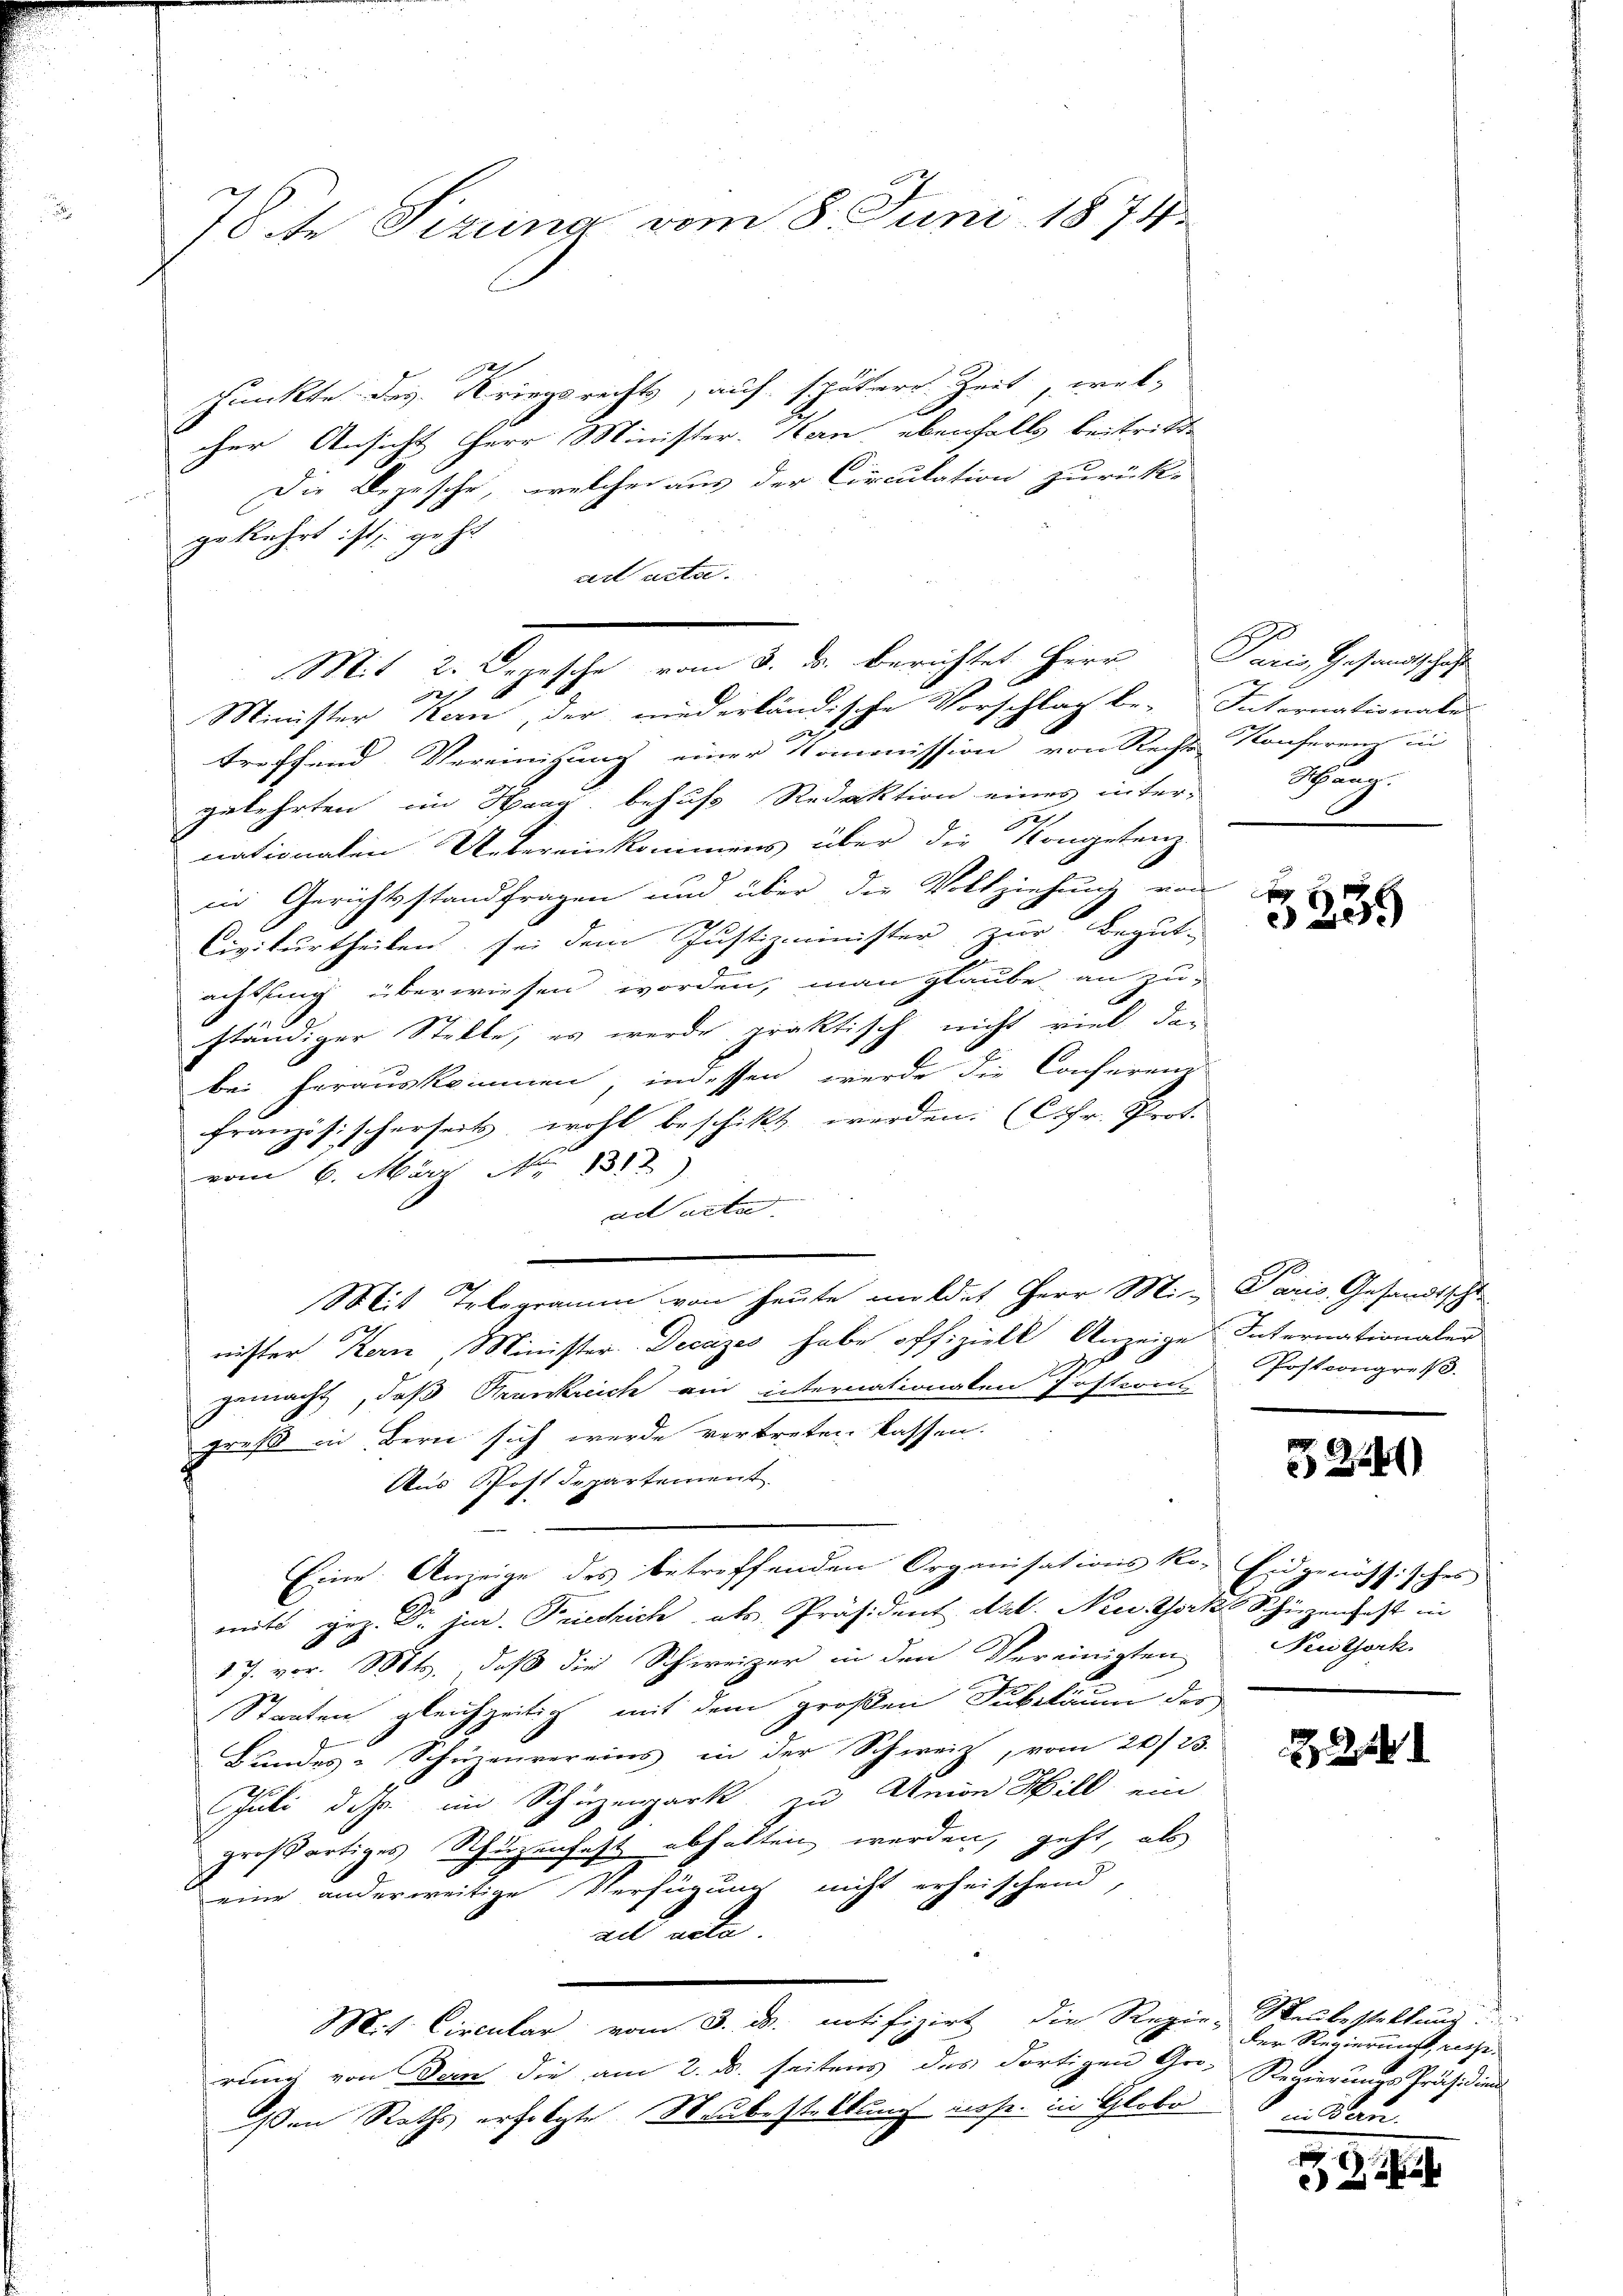
78te Sizung vom 8. Juni 1874.

Punkte des Kriegsrechts, auf spätere Zeit, welcher Ansicht Herr Minister-Kan ebenfalls beitritte
Die Depesche, welcher aus der Circulation zurück-
gekehrt ist, geht
ad acta.
Minister kan, der niederländische Vorschlag be-Internationales

treffend Vereinigung einer Kommission von Recht Konferen in
gelehrten im Haag behufs Redaktion eines inter-
nationalen Uebereinkommens über die Kongetenz-
in Gerichtsstandfragen und über die Vollziehung von d
Civilurtheilen, sei dem Justizminister zur Begut-
achtung überwiesen worden, man glaube an zu-
ständiger Stelle, es wurde praktisch nicht viel dabei herauskommen, indessen werde die Conferenz
französischerseits wohl beschikt werden. (Chr. Prot.
vom 6. März No 1312)
ad acta |
Mit Telegramm von heute mildet Herr Mi- Paris Gesandtschl
nister Kern, Minister Decazes habe offizielt Anzeige Internationaler
gemacht, daß Krankreich ein internationaten Pastin-
groß in Bern sich wurde vertreten lassen.
Aus Postdepartement
Eine Anzeige des betreffenden Organisations Ro- Eidgenössisches
mits gez. Dr. jur. Friechich als Präsident Art. New York Schüzenfest in
17. vor. Mts., daß die Schweizer in den Vereinigten
Staaten gleichzeitig mit dem großen Subiläum des
Bundes-Schüzenvereins in der Schweiz, vom 20. 23.
Juli das im Schüzenpark in Union Hill ein
großartiges Schüzenfest abhalten werden, geht, als
eine anderweitige Verfügung nicht erheischend,
ad acte.
Mit Circular vom 3. d. notifizirt, die Regie-Neubestellung
rung von den die am 2. ds. seitens des dortigen Gro- Regierungs-Präsidien
ßen Raths erfolgte Staubestellung nahe in Globe

Mit 2. Regische vom 3. ds. berichtet Herr Paris Gestandschaf
2
d

Schanz

239

Postcongreß.

3224)

Nritork

1

der Regierungsreche.
 in Bau

29

1